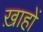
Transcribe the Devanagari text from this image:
ख़ाहों